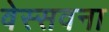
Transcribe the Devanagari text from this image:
वेस्सवना